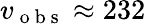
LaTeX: v_{\mathrm{~o~b~s~}}\approx 232